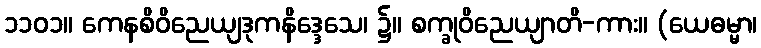
၁၁၀၁။ ကေနစိဝိညေယျဒုကနိဒ္ဒေသေ၊ ၌။ စက္ခုဝိညေယျာတိ-ကား။ (ယေဓမ္မာ၊